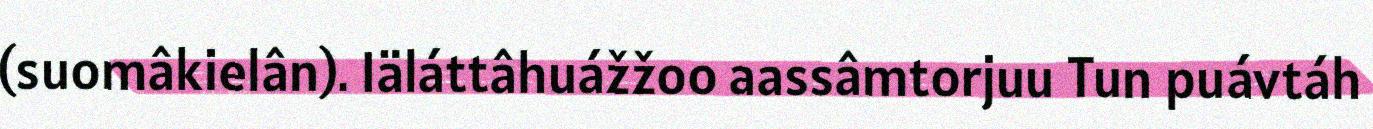
(suomâkielân). Iäláttâhuážžoo aassâmtorjuu Tun puávtáh